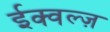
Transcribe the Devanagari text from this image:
ईक्वल्ज़